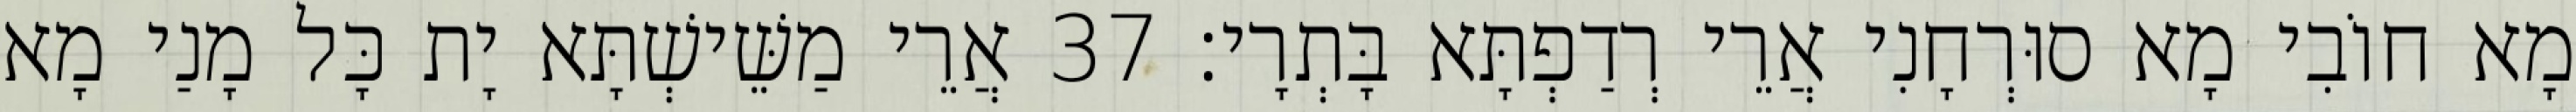
מָא חוֹבִי מָא סוּרְחָנִי אֲרֵי רְדַפְתָּא בָּתְרָי׃ 37 אֲרֵי מַשֵּׁישְׁתָּא יָת כָּל מָנַי מָא